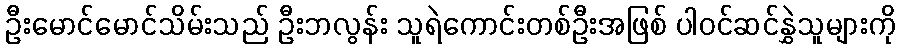
ဦးမောင်မောင်သိမ်းသည် ဦးဘလွန်း သူရဲကောင်းတစ်ဦးအဖြစ် ပါဝင်ဆင်နွှဲသူများကို